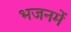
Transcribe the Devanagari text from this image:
भजनमें